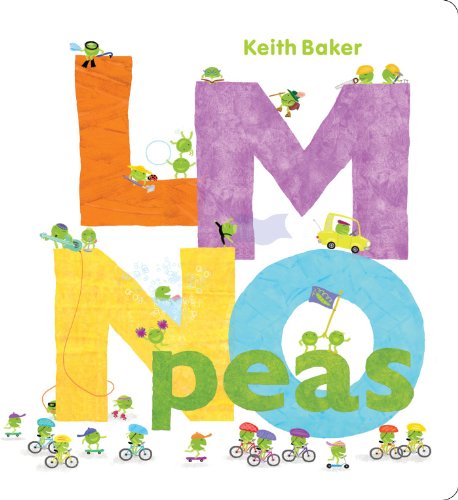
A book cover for LMNO Peas (The Peas Series); Keith Baker; Children's Books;